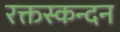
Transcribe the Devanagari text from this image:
रक्तस्कन्दन